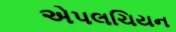
એપલચિયન